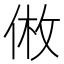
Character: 𪝅